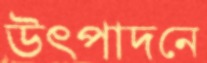
উৎপাদনে